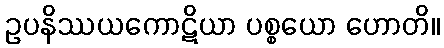
ဥပနိဿယကောဋိယာ ပစ္စယော ဟောတိ။